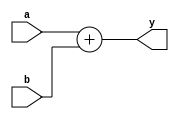
`timescale 1ns / 1ps
//////////////////////////////////////////////////////////////////////////////////
// Company: 
// Engineer: 
// 
// Design Name: 
// Module Name: add_32
// Project Name: 
// Target Devices: 
// Tool Versions: 
// Description: 
// 
// Dependencies: 
// 
// Revision:
// Revision 0.01 - File Created
// Additional Comments:
// 
//////////////////////////////////////////////////////////////////////////////////


module add_32(
    input [31:0] a,
    input [31:0] b,
    output [31:0] y
    );
    assign y = a + b;
endmodule